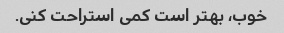
خوب، بهتر است کمی استراحت کنی.